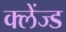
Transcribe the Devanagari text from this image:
क्लेंज्ड